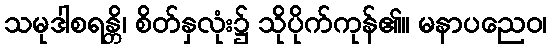
သမုဒါစရန္တိ၊ စိတ်နှလုံး၌ သိုပိုက်ကုန်၏။ မနာပညေဝ၊